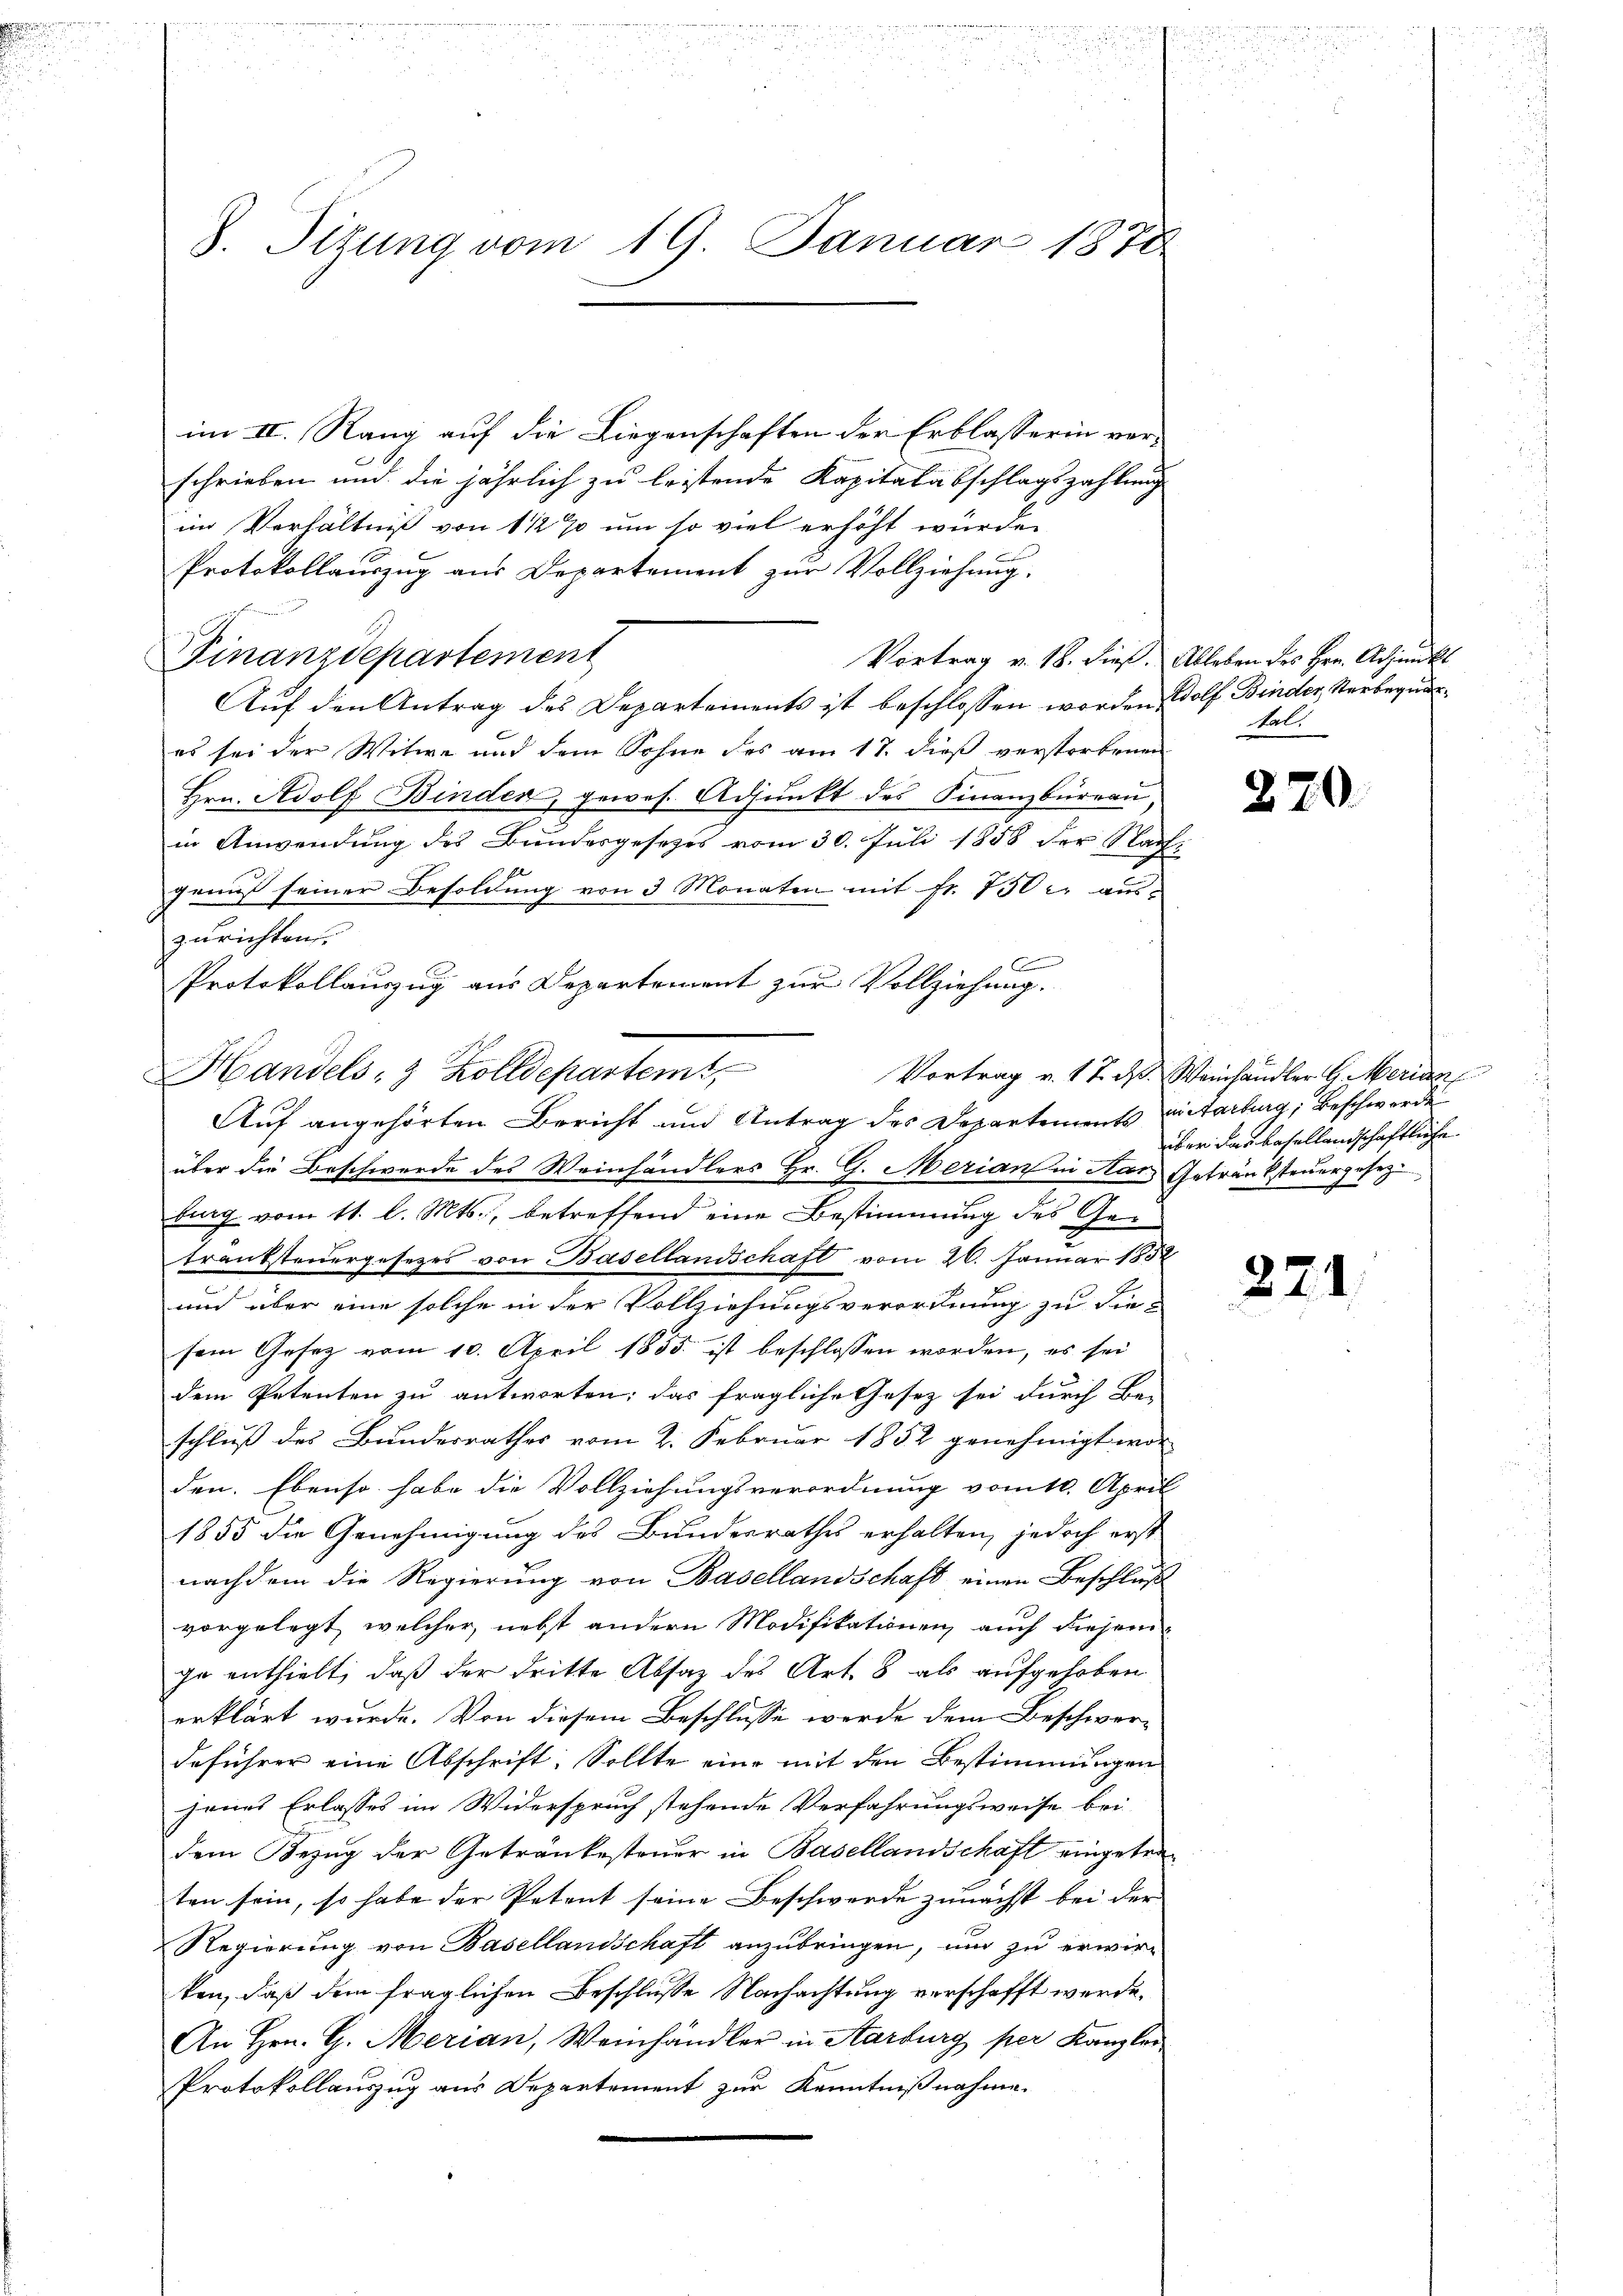
.
2.

zius und den der sicher erstrengesehen, sein gegeben gegen werde in der aus herungen
n

8. Sitzung vom 19. Januar 1878

im II. Rang auf die Liegenschaften der Erblasserin verschrieben und die jährlich zu leistende Kapitalabschlagszahlung
im Verhältniß von 1 1/2 % um so viel erhöht würde.
Protokollauszug aus Departement zur Vollziehung.
Finanzdepartement
Auf den Antrag des Departements ist beschlossen worden Wolf Binder Verbegna
es sei der Witwe und dem Sohne des am 17. dieß verstorbenen
Hrn. Adolf Binden, gewes. Adjunkt des Finanzbürrau
in Anwendung des Bundesgesetzes vom 30. Juli 1858 der Nach-
genuß seiner Besoldung von 3 Monaten mit Fr. 150 r. aus-
zurichten
.
C
Protokollauszug aus Departement zur Vollziehung.
Handels- & Zolldepartem
Auf angehörten Bericht und Antrag des Departements mitarburg, Beschwerde
über die Beschwerde des Weinhändlers Hr. G. Merian in Aar Getränksteuergesezi
burg vom 11. l. Mts., betreffend eine Bestimmung des Getranksteuergesezes von Basellandschaft vom 26. Januar 1852
und über eine solche in der Vollziehungsverordnung zu die-
sein Gesetz vom 10. April 1855 ist beschlossen worden, es sei
dem Petenten zu antworten; das fragliche Gesetz sei durch Be-
schluß des Bundesrathes vom 2. Februar 1852 genehmigt wor-
den. Ebenso habe die Vollziehungsverordnung vom 10. April
1855 die Genehmigung des Bundesrathes erhalten, jedoch erst
nachdem die Regierung von Basellandschaft einen Beschluß
vorgelegt, welcher nebst andern Modifikationen, auch diejeni
ge enthielt, daß der dritte Absatz des Art. 8 als aufgehoben
erklärt wurde. Von diesem Beschlüsse werde dem Beschwerdeführer eine Abschrift: Sollte eine mit den Bestimmungen
jenes Erlasses im Widerspruch stehende Verfahrungsweise bei
dem Bezug der Getränkesteuer in Basellandschaft eingetraten sein, so habe der Petent seine Beschwerde zunächst bei der
Regierung von Basellandschaft anzubringen, und zu erwirken, daß dem fraglichen Beschlusse Nachachtung verschafft werde.
An Hrn. G. Merian, Weinhändler in Aarburg per Kanzler
Protokollauszug aus Departement zur Kenntnißnahme.

Vortrag v. 18. dieß. Ableben des Hrn. Achankl
tal.

270.

Vortrag v. 17. ds. Weinhändler G. Merian
über das basellandschaftliche

271.